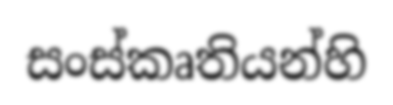
සංස්කෘතියන්හි